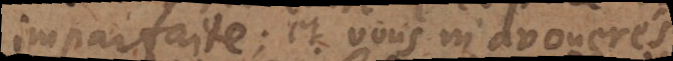
imparfaite; et vous m’avouerés